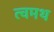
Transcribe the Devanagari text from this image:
त्वमथ